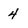
Character: 4